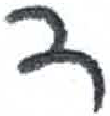
אות: ד